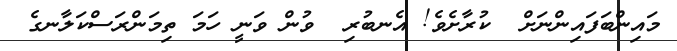
މައިންބަފައިންނަށް  ކުރާށެވެ! އެނބުރި  ވުން ވަނީ ހަމަ ތިމަންރަސްކަލާނގެ